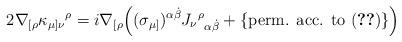
LaTeX: \begin{align*}2\nabla_{[\rho} \kappa_{\mu]\nu}{}^{\rho} = i\nabla_{[\rho} \Big((\sigma_{\mu]})^{\alpha\dot\beta} J_\nu{}^\rho{}_{\alpha\dot\beta} + \{\mbox{perm. acc. to (\ref{eq:kappa_def})}\} \Big)\end{align*}